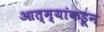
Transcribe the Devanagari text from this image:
आत्म्यांकडून